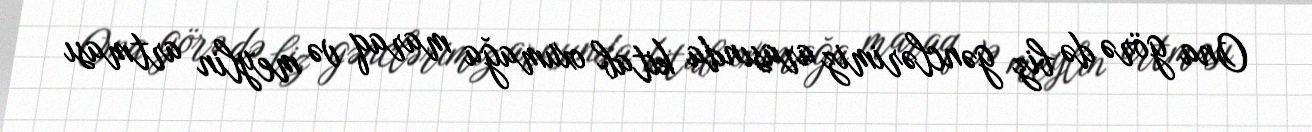
Ona görə də biz gənclərimiz arasında kitab oxumağa maraq və meylin artması